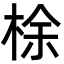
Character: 梌